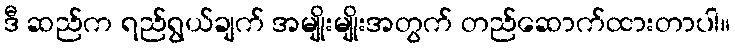
ဒီ ဆည်က ရည်ရွယ်ချက် အမျိုးမျိုးအတွက် တည်ဆောက်ထားတာပါ။